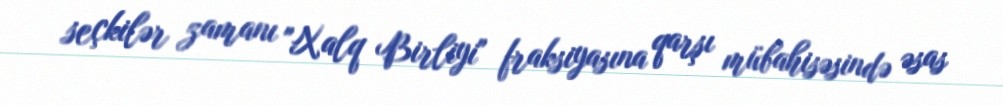
seçkilər zamanı "Xalq Birliyi" fraksiyasına qarşı mübahisəsində əsas